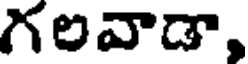
గలవాడా,